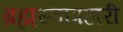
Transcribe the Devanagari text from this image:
ब्रह्मस्वापहारी